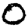
Digit: 0